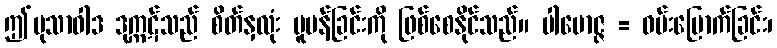
ဤမုသာဝါဒ ဒုက္ကဋ်သည် စိတ်နှလုံး ပူပန်ခြင်းကို ဖြစ်စေနိုင်သည်။ ပါမောဇ္ဇ = ဝမ်းမြောက်ခြင်း၊